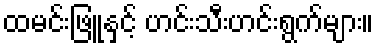
ထမင်းဖြူနှင့် ဟင်းသီးဟင်းရွက်များ။